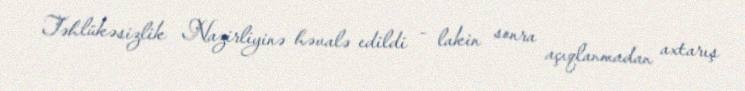
Təhlükəsizlik Nazirliyinə həvalə edildi - lakin sonra açıqlanmadan axtarış